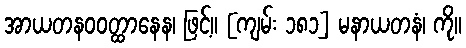
အာယတနဝဝတ္ထာနေန၊ ဖြင့်။ [ကျမ်း ၁၈၁] မနာယတနံ၊ ကို။